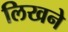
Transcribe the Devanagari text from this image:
लिखने